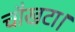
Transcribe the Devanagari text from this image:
चौखटा।